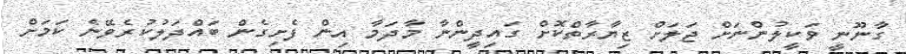
ގާނޫނީ ވަކީލުންނަށް ޖަލަށް ޒިޔާރާތްކޮށް ގައިދީންނާ މާދަމާ އިން ފެށިގެން ބައްދަލުކުރެވޭނެ ކަމަށް